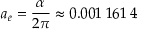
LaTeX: a _ { e } = { \frac { \alpha } { 2 \pi } } \approx 0 . 0 0 1 \; 1 6 1 \; 4